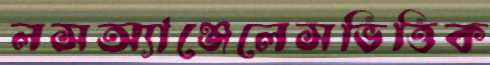
লসঅ্যাঞ্জেলেসভিত্তিক